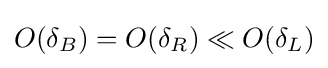
O(\delta _{B})=O(\delta _{R})\ll O(\delta _{L})